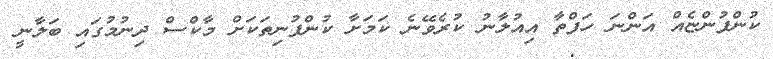
ކުންފުންޏެއް އަންނަ ހަފްތާ އިއުލާނު ކުރެވޭނެ ކަމަށާ ކުންފުނިތަކަށް މާކްސް ދިނުމުގައި ބަލާނީ